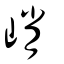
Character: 峭